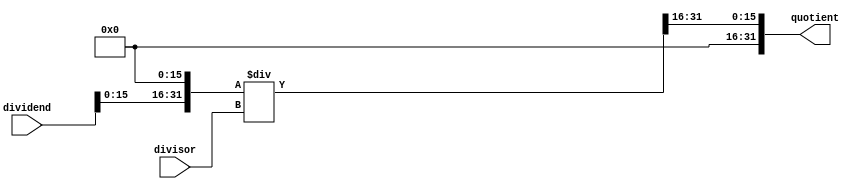
module Fractional_Divider (
    input [31:0] dividend,
    input [31:0] divisor,
    output reg [31:0] quotient
);

// Control logic to handle fractional part
reg [31:0] scaled_dividend;
reg [31:0] scaled_quotient;

initial begin
    scaled_dividend = dividend << 16; // Scale dividend by shifting left 16 bits
end

// Arithmetic operations
always @(*) begin
    scaled_quotient = scaled_dividend / divisor; // Perform division operation
    quotient = scaled_quotient >> 16; // Unscale quotient by shifting right 16 bits
end

endmodule